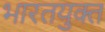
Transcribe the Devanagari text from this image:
भारतयुक्त